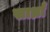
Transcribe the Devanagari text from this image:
सार्ध्रां